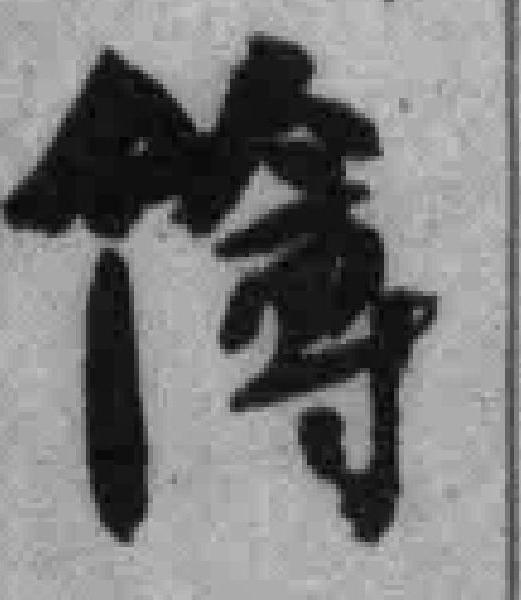
簿